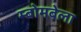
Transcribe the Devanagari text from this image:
म्बोमबेला